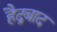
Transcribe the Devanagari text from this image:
हैद्रबाद